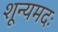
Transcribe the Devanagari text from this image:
शून्यमदः